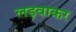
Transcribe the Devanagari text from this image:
लड़वाकर